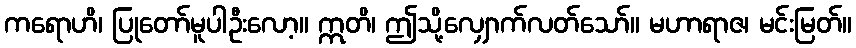
ကရောဟိ၊ ပြုတော်မူပါဦးလော့။ ဣတိ၊ ဤသို့လျှောက်လတ်သော်။ မဟာရာဇ၊ မင်းမြတ်။